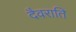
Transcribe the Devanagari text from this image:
दैवराति